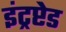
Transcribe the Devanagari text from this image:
इंट्रप्टेड